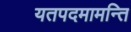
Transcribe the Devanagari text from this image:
यतपदमामन्ति